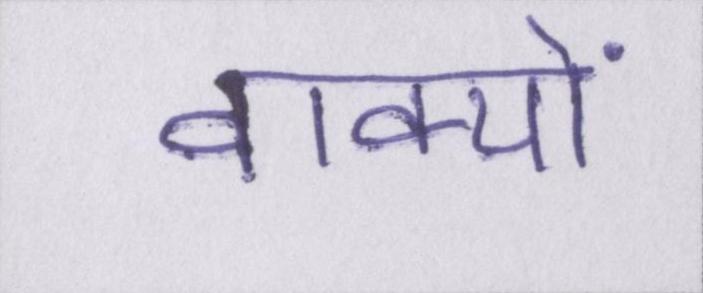
वाक्यों